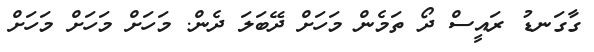
ގާގަނޑު ރައީސް ދޯ ތަމެން މަހަށް ދޭބަލަ ދެން. މަހަށް މަހަށް މަހަށް